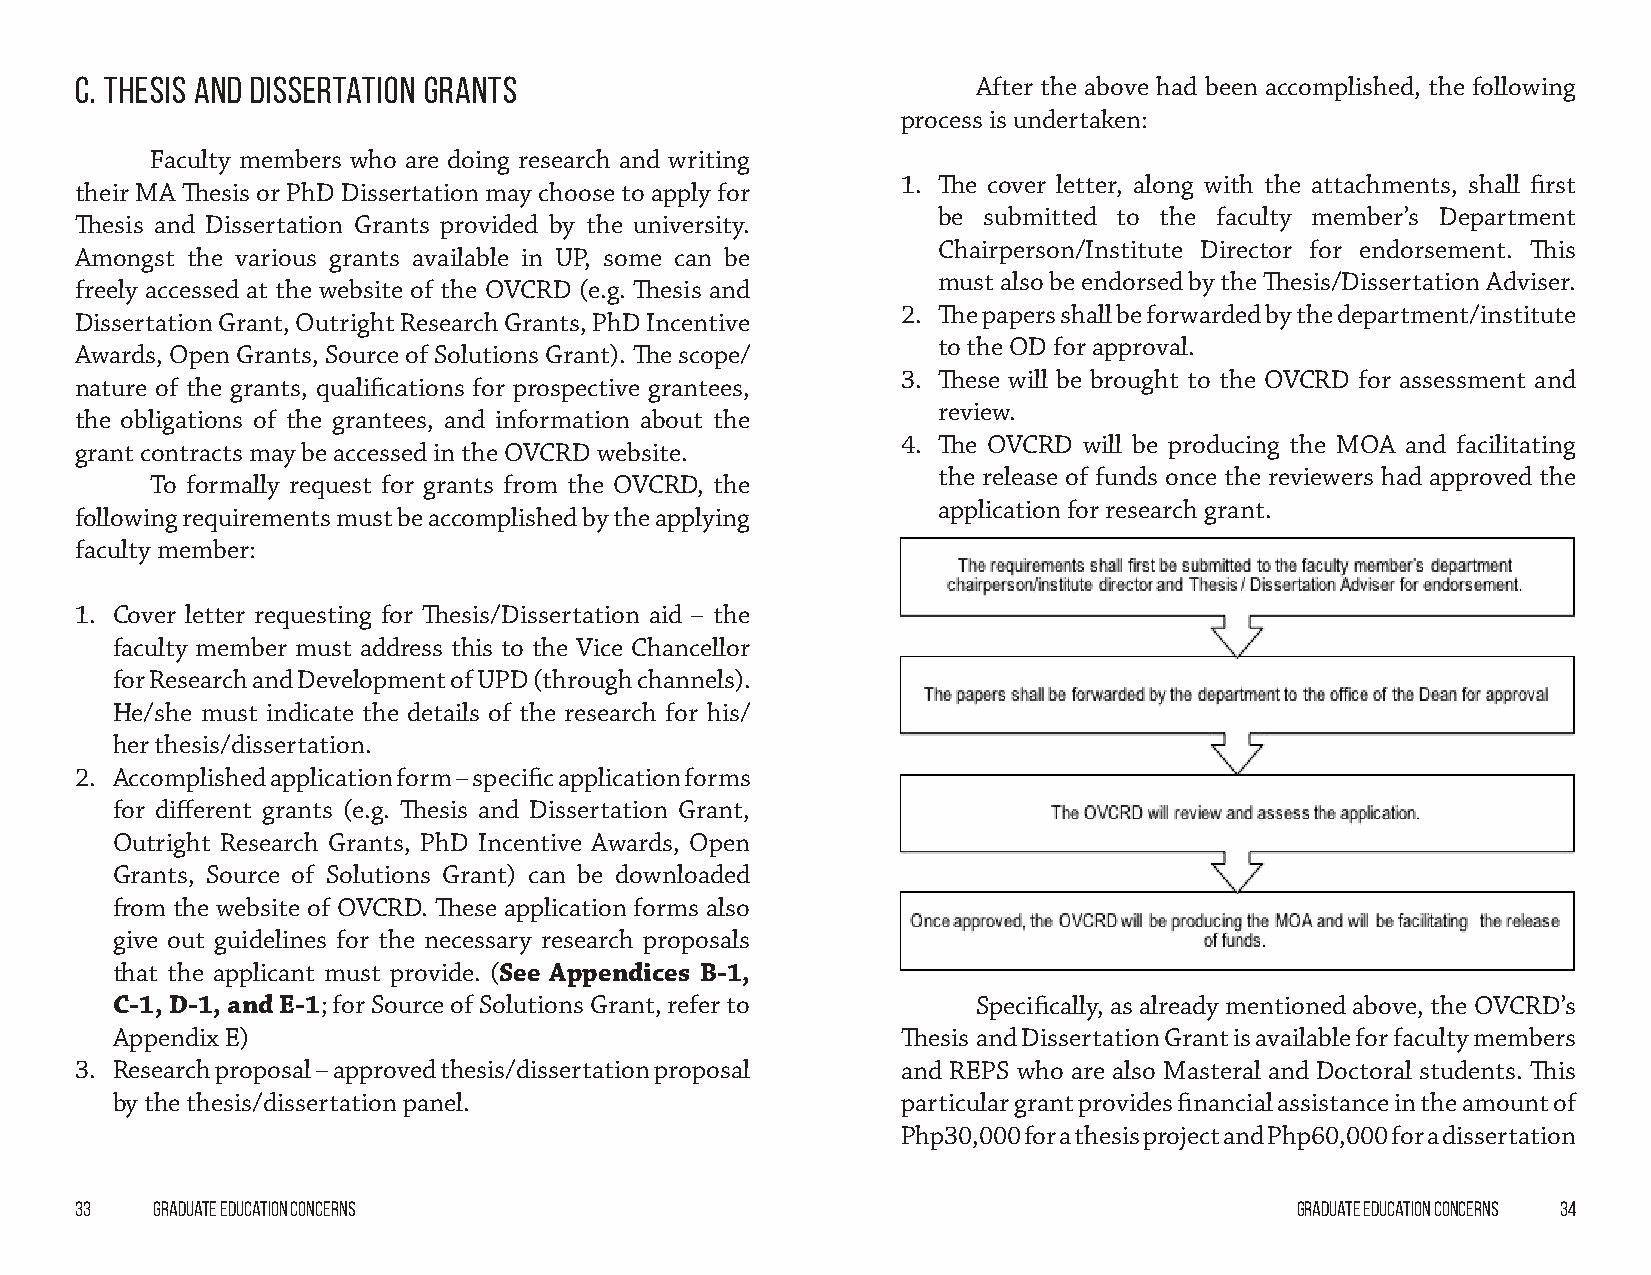
C. Thesis and Dissertation Grants                           After the above had been accomplished, the following
 process is undertaken:
 Faculty members who are doing research and writing
 1. The cover letter, along with the attachments, shall first
 their MA Thesis or PhD Dissertation may choose to apply for
 be submitted to the faculty member’s Department
 Thesis and Dissertation Grants provided by the university.
 Chairperson/Institute Director for endorsement. This
 Amongst the various grants available in UP, some can be
 must also be endorsed by the Thesis/Dissertation Adviser.
 freely accessed at the website of the OVCRD (e.g. Thesis and
 2. The papers shall be forwarded by the department/institute
 Dissertation Grant, Outright Research Grants, PhD Incentive
 to the OD for approval.
 Awards, Open Grants, Source of Solutions Grant). The scope/
 3. These will be brought to the OVCRD for assessment and
 nature of the grants, qualifications for prospective grantees,
 review.
 the obligations of the grantees, and information about the
 4. The OVCRD will be producing the MOA and facilitating
 grant contracts may be accessed in the OVCRD website.
 the release of funds once the reviewers had approved the
 To formally request for grants from the OVCRD, the
 application for research grant.
 following requirements must be accomplished by the applying
 faculty member:
 1. Cover letter requesting for Thesis/Dissertation aid – the
 faculty member must address this to the Vice Chancellor
 for Research and Development of UPD (through channels).
 He/she must indicate the details of the research for his/
 her thesis/dissertation.
 2. Accomplished application form – specific application forms
 for different grants (e.g. Thesis and Dissertation Grant,
 Outright Research Grants, PhD Incentive Awards, Open
 Grants, Source of Solutions Grant) can be downloaded
 from the website of OVCRD. These application forms also
 give out guidelines for the necessary research proposals
 that the applicant must provide. (See Appendices B-1,
 C-1, D-1, and E-1; for Source of Solutions Grant, refer to Specifically, as already mentioned above, the OVCRD’s
 Appendix E)                                          Thesis and Dissertation Grant is available for faculty members
 3. Research proposal – approved thesis/dissertation proposal and REPS who are also Masteral and Doctoral students. This
 by the thesis/dissertation panel.                    particular grant provides financial assistance in the amount of
 Php30,000 for a thesis project and Php60,000 for a dissertation
 33   Graduate Education Concerns                                                 Graduate Education Concerns 34